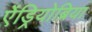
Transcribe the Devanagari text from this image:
ऐंड्रियोब्रिया